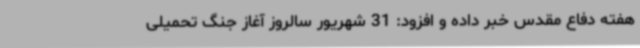
هفته دفاع مقدس خبر داده و افزود: 31 شهریور سالروز آغاز جنگ تحمیلی